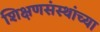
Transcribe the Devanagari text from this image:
शिक्षणसंस्थांच्या